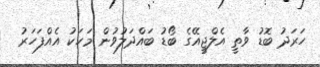
ހަރަދު ބޮޑު ވާތީ އެލްޖީއޭގެ ބޯޑު ބައްދަލުވުން މަހަކު އެއްފަހަރު